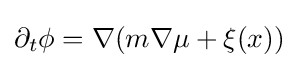
\partial _{t}\phi =\nabla (m\nabla \mu +\xi (x))\;